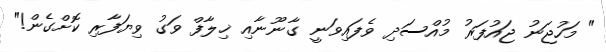
" މަހުޖަނު ޖައުފަރު މުއްސަދި ވެފައިވަނީ ގާނޫނާއި ޚިލާފް ވަގު ވިޔަފާރި ކޮށްގެން!"